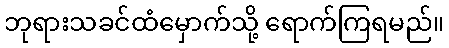
ဘုရားသခင်ထံမှောက်သို့ ရောက်ကြရမည်။